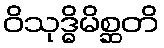
ဝိသုဒ္ဓိမိစ္ဆတိ